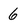
Character: 6